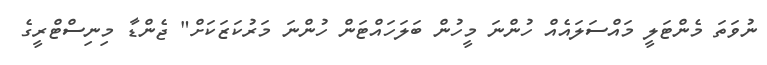
ނުވަތަ މެންޓަލީ މައްސަލައެއް ހުންނަ މީހުން ބަލަހައްޓަން ހުންނަ މަރުކަޒަކަށް" ޖެންޑާ މިނިސްޓްރީގެ